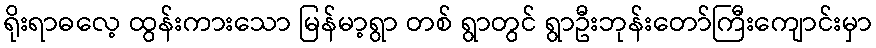
ရိုးရာဓလေ့ ထွန်းကားသော မြန်မာ့ရွာ တစ် ရွာတွင် ရွာဦးဘုန်းတော်ကြီးကျောင်းမှာ